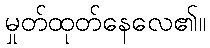
မှုတ်ထုတ်နေလေ၏။